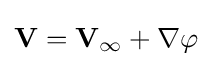
\mathbf {V} =\mathbf {V} _{\infty }+\nabla \varphi